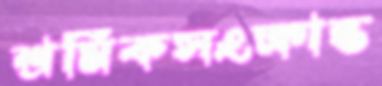
শ্রমিকসংক্রান্ত